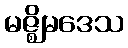
မဇ္ဈိမဒေသ